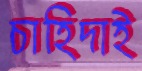
চাহিদাই